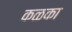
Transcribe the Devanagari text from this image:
कळका